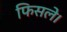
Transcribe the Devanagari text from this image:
फिसले।